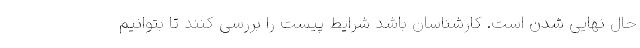
حال نهایی شدن است. کارشناسان باشد شرایط پیست را بررسی کنند تا بتوانیم